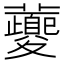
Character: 𡖂